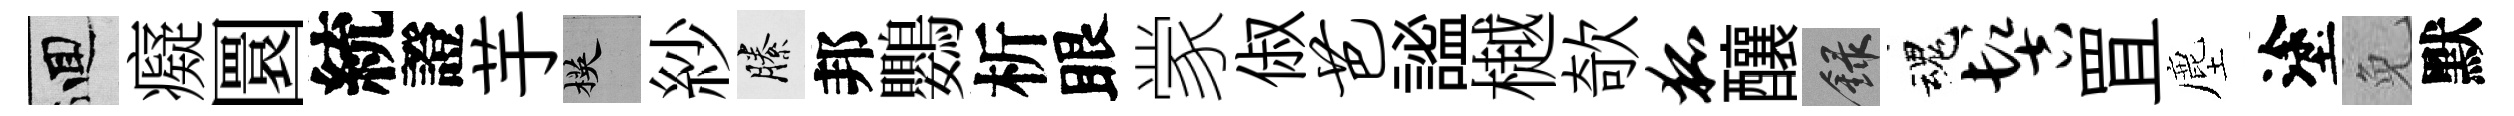
回癡圜統證芋楧紗縢邦鸚析眼䝉俶芭謐樾欹狐釀録魂髻罝塵塗免默